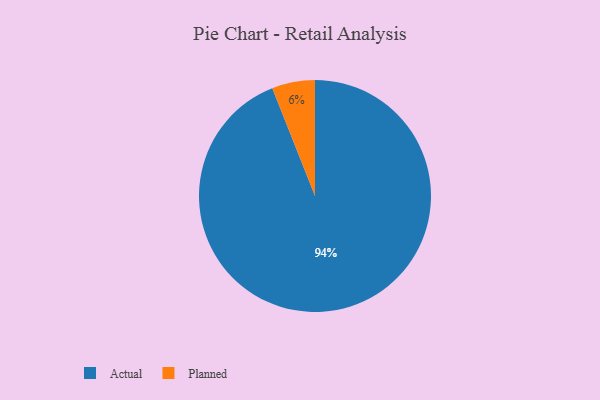
{"axis": {"x": "Category", "y": "Percentage"}, "legend": ["Actual", "Planned"], "data": [{"x": "Planned", "y": 6, "type": "Planned"}, {"x": "Actual", "y": 94, "type": "Actual"}]}